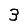
Digit: 3